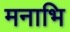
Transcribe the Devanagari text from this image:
मनाभि